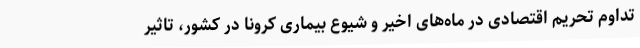
تداوم تحریم اقتصادی در ماه‌های اخیر و شیوع بیماری کرونا در کشور، تاثیر